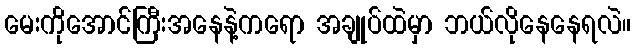
မေးကိုအောင်ကြီးအနေနဲ့ကရော အချုပ်ထဲမှာ ဘယ်လိုနေနေရလဲ။